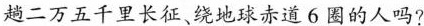
趟二万五千里长征、绕地球赤道6圈的人吗?